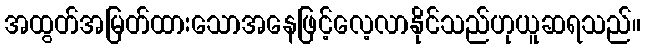
အထွတ်အမြတ်ထားသောအနေဖြင့်လေ့လာနိုင်သည်ဟုယူဆရသည်။